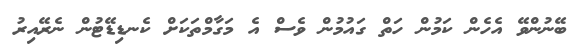
ބޭނުންވޭ އެހެން ކަމުން ހަތް ގައުމުން ވެސް އެ މަގާމްތަކަށް ކެނޑިޑޭޓުން ނެރޭއިރު